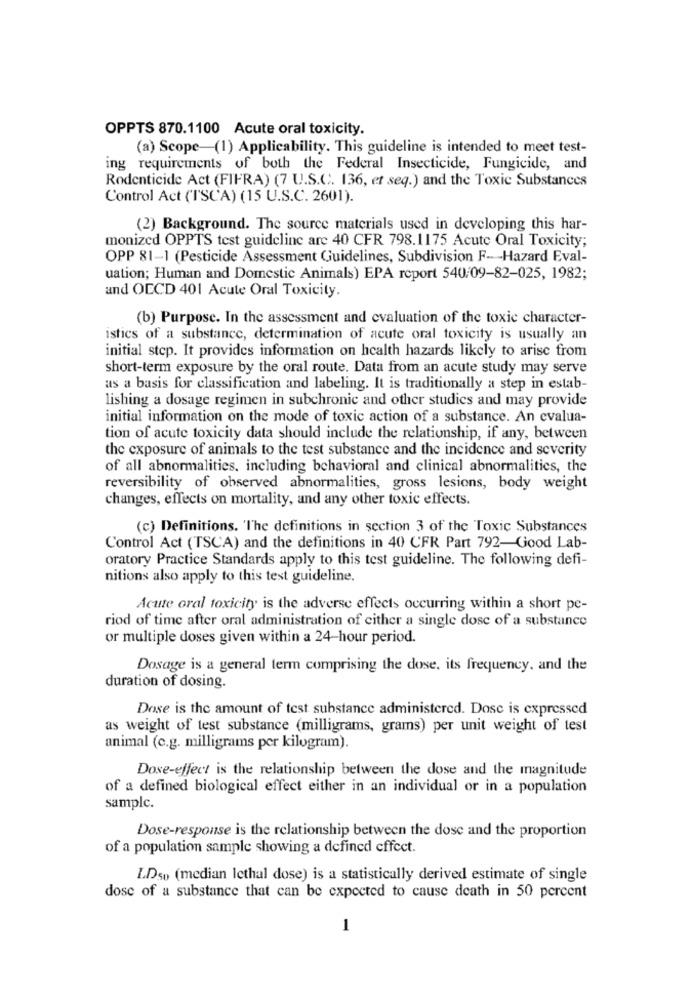
OPPTS 870.1100 Acute oral toxicity.
(a) Scope-(1) Applicability. This guideline is intended to meet test-
ing requirements of both the Federal Insecticide, Fungicide, and
Rodenticide Act (FIFRA) (7 U.S.C. 136, et seq.) and the Toxic Substances
Control Act ('TSC'A) (15 U.S.C. 2601).
(2) Background. The source materials used in developing this har-
monized OPPTS test guideline are 40 CFR 798.1175 Acute Oral Toxicity;
OPP 81-1 (Pesticide Assessment Guidelines, Subdivision F- Hazard Eval-
uation; Human and Domestic Animals) EPA report 540/09-82-025, 1982;
and OECD 401 Acute Oral Toxicity.
(b) Purpose. In the assessment and evaluation of the toxic character-
istics of a substance, determination of acute oral toxicity is usually an
initial step. It provides information on health hazards likely to arise from
short-term exposure by the oral route. Data from an acute study may serve
as a basis for classification and labeling. It is traditionally a step in estab-
lishing a dosage regimen in subchronic and other studies and may provide
initial information on the mode of toxic action of a substance. An evalua-
tion of acute toxicity data should include the relationship, if any, between
the exposure of animals to the test substance and the incidence and severity
of all abnormalities. including behavioral and clinical abnormalities, the
reversibility of observed abnormalities, gross lesions, body weight
changes, effects on mortality, and any other toxic effects.
(c) Definitions. 'The definitions in section 3 of the Toxic Substances
Control Act (TSCA) and the definitions in 40 CFR Part 792-Good Lab-
oratory Practice Standards apply to this test guideline. The following defi-
nitions also apply to this test guideline.
Acute oral toxicity is the adverse effects occurring within a short pe-
riod of time after oral administration of either a single dose of a substance
or multiple doses given within a 24-hour period.
Dosage is a general term comprising the dose. its frequency. and the
duration of dosing.
Dose is the amount of test substance administered. Dose is expressed
as weight of test substance (milligrams, grams) per unit weight of test
animal (c.g. milligrams per kilogram).
Dose-effect is the relationship between the dose and the magnitude
of a defined biological effect either in an individual or in a population
samplc.
Dose-response is the relationship between the dose and the proportion
of a population sample showing a defined effect.
LDso (median lethal dose) is a statistically derived estimate of single
dose of a substance that can be expected to cause death in 50 percent
-